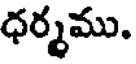
ధర్మము.